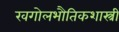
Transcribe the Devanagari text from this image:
खगोलभौतिकशास्त्री